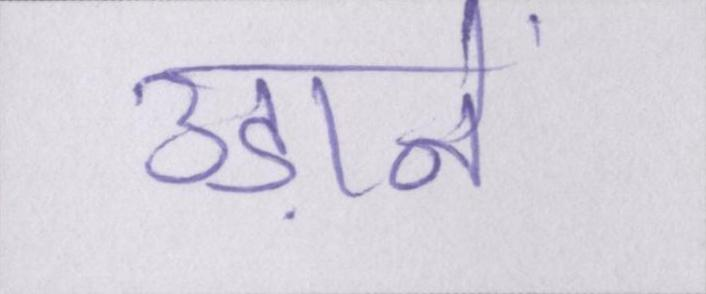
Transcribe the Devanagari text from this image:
उड़ानें